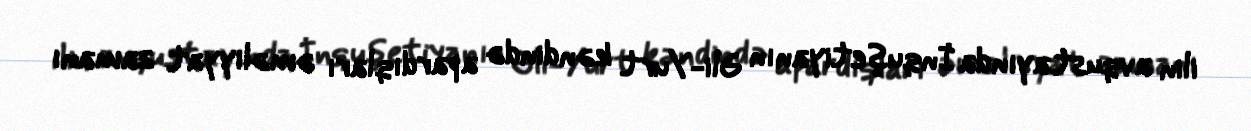
ilin avqust ayında İnquşetiyanın Əli-Yurt kəndində apardıqları əməliyyat zamanı